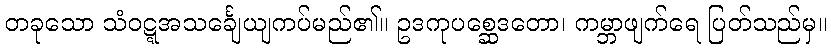
တခုသော သံဝဋ္ဋအသင်္ချေယျကပ်မည်၏။ ဥဒကုပစ္ဆေဒတော၊ ကမ္ဘာဖျက်ရေ ပြတ်သည်မှ။